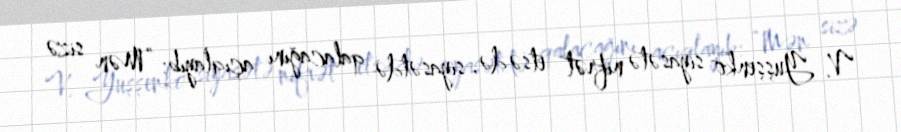
V. Yuşşenko siyasətə nifrət etsə də, siyasətdə qalacağını açıqlayıb: “Mən sizə